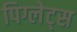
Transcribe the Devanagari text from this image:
पिग्लेट्स